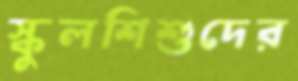
স্কুলশিশুদের